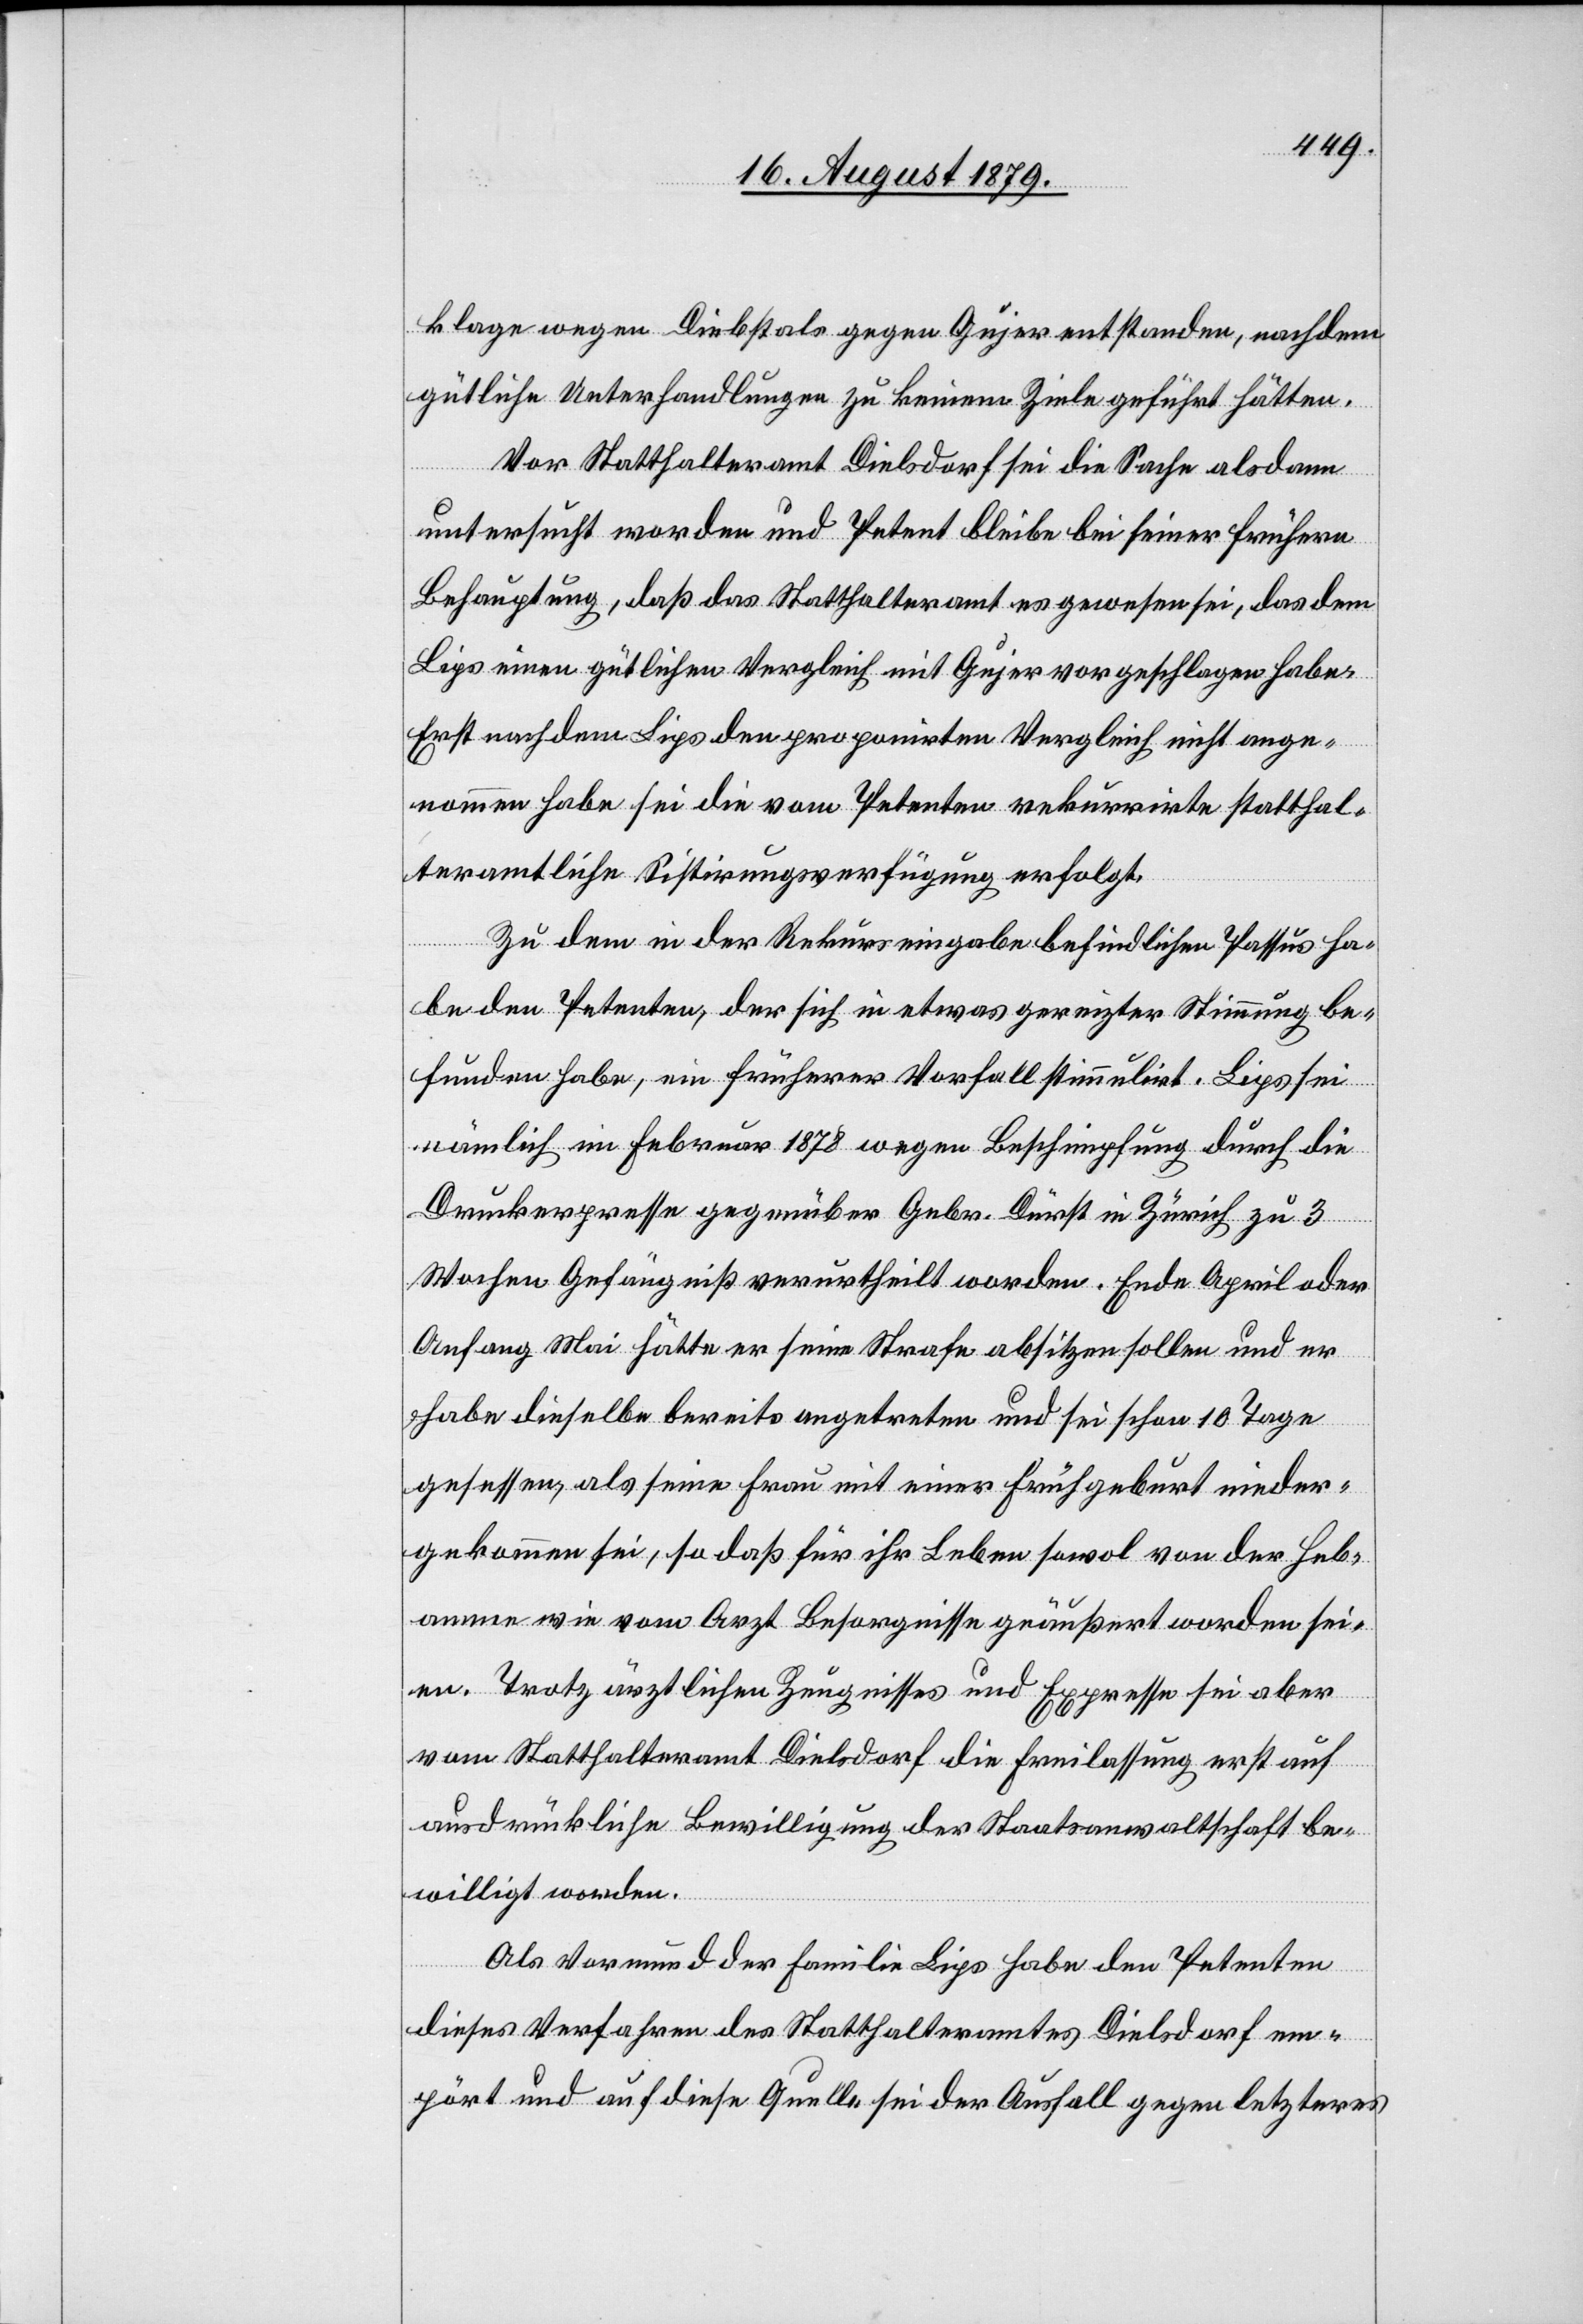
klage wegen Diebstals gegen Gujer entstanden, nachdem
gütliche Unterhandlungen zu keinem Ziele geführt hätten.
Vor Statthalteramt Dielsdorf sei die Sache alsdann
untersucht worden und Petent bleibe bei seiner frühern
Behauptung, daß das Statthalteramt es gewesen sei, das dem
Lips einen gütlichen Vergleich mit Gujer vorgeschlagen habe.
Erst nachdem Lips den proponirten Vergleich nicht ange¬
nommen habe sei die vom Petenten rekurrirte statthal¬
teramtliche Sistirungsverfügung erfolgt.
Zu dem in der Rekurseingabe befindlichen Passus ha¬
be den Petenten, der sich in etwas gereizter Stimmung be¬
funden habe, ein früherer Vorfall stimmulirt. Lips sei
nämlich im Februar 1878 wegen Beschimpfung durch die
Druckerpresse gegenüber Gebr. Dürst in Zürich zu 3
Wochen Gefängniß verurtheilt worden. Ende April oder
Anfang Mai hätte er seine Strafe absitzen sollen und er
habe dieselbe bereits angetreten und sei schon 10 Tage
gesessen, als seine Frau mit einer Frühgeburt nieder¬
gekommen sei, so daß für ihr Leben sowol von der Heb¬
amme wie vom Arzt Besorgnisse geäußert worden sei¬
en. Trotz ärztlichen Zeugnisses und Expresse sei aber
vom Statthalteramt Dielsdorf die Freilassung erst auf
ausdrückliche Bewilligung der Staatsanwaltschaft be¬
willigt worden.
Als Vormund der Familie Lips habe den Petenten
dieses Verfahren des Statthalteramtes Dielsdorf em¬
pört und auf diese Quelle sei der Ausfall gegen letzteres